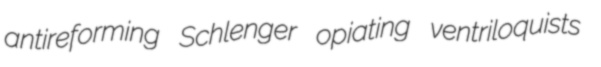
antireforming Schlenger opiating ventriloquists